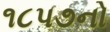
૧૮પ૭નો